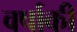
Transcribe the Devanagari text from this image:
वर्षाकी